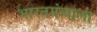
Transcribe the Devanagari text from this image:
भारतमंत्र्याला